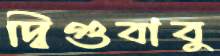
দ্বিগুবাবু